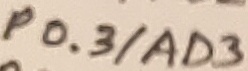
Text: P0.3/AD3